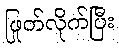
ဖြုတ်လိုက်ပြီး